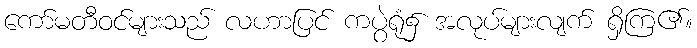
ကော်မတီဝင်များသည် လဟာပြင် ကပွဲရုံ၌ အလုပ်များလျက် ရှိကြ၏။